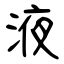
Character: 液